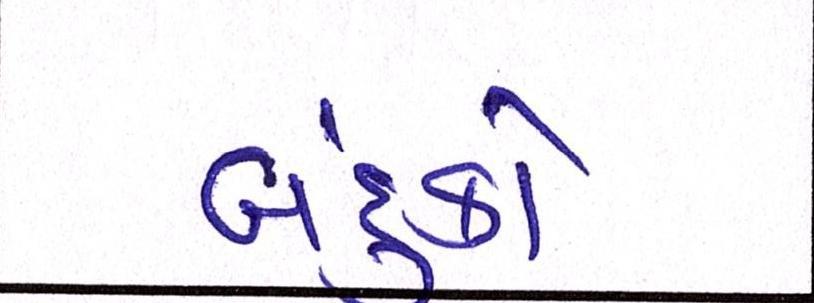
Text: બંદુકો